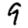
Digit: 9